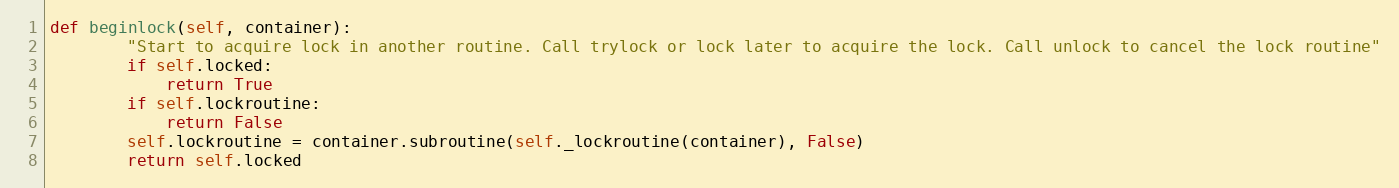
Language: Python
def beginlock(self, container):
        "Start to acquire lock in another routine. Call trylock or lock later to acquire the lock. Call unlock to cancel the lock routine"
        if self.locked:
            return True
        if self.lockroutine:
            return False
        self.lockroutine = container.subroutine(self._lockroutine(container), False)
        return self.locked